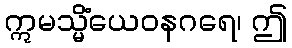
ဣမသ္မိံယေဝနဂရေ၊ ဤ